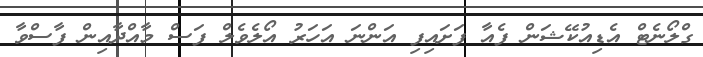
ގްލޯނެޓް އެޑިއުކޭޝަން ފެއާ ފަށައިފި އަންނަ އަހަރު އޯލެވެލް ފަސް މާއްދާއިން ފާސްވާ